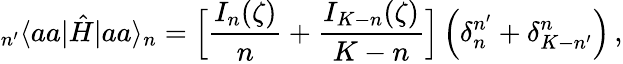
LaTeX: _{n^{\prime}}\langle aa|\hat{H}|aa\rangle_{n}=\Big[\frac{I_{n}(\zeta)}{n}+\frac{I_{K-n}(\zeta)}{K-n}\Big]\, \Big(\delta_{n}^{n^{\prime}}+\delta_{K-n^{\prime}}^{n}\Big)\, ,